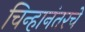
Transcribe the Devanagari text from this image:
चिन्हानंतरचे